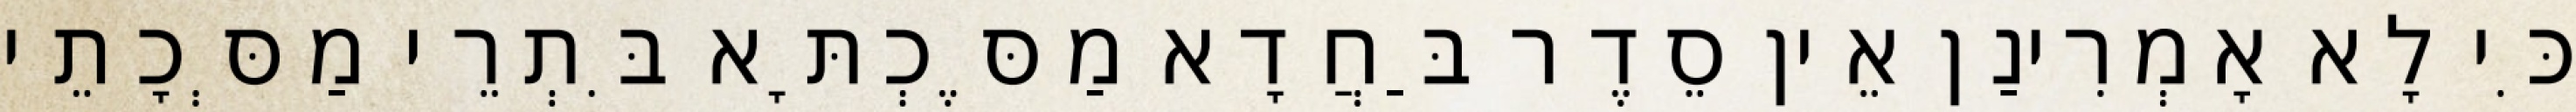
כִּי לָא אָמְרִינַן אֵין סֵדֶר בַּחֲדָא מַסֶּכְתָּא בִּתְרֵי מַסְּכָתֵי